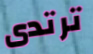
ترتدى